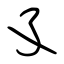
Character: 孓